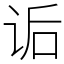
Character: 诟